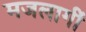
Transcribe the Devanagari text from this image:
मजलागीं